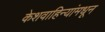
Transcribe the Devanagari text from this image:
केशवाहिन्यांमधून